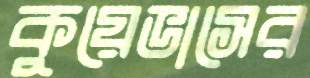
কুয়েভাসের